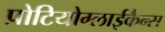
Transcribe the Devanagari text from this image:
प्रोटियोग्लाईकैन्स